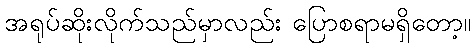
အရုပ်ဆိုးလိုက်သည်မှာလည်း ပြောစရာမရှိတော့။